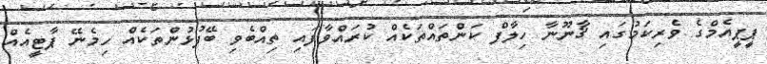
ޕީޕީއެމްގެ ވެރިކަމުގައި ޤާނޫނާ ހިލާފް ކަންތައްތަކެއް ކުރައްވާފައި ތިއްބެވި ބޭފުޅުންތަކެއް ހިމެނޭ ޕާޓީއެއް